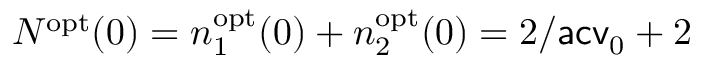
N ^ { \mathrm { o p t } } ( 0 ) = n _ { 1 } ^ { \mathrm { o p t } } ( 0 ) + n _ { 2 } ^ { \mathrm { o p t } } ( 0 ) = 2 / \mathsf { a c v } _ { 0 } + 2